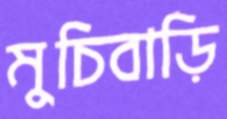
মুচিবাড়ি